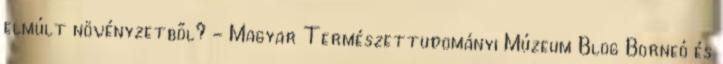
elmúlt növényzetből? - Magyar Természettudományi Múzeum Blog Borneó és